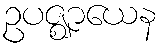
ဥပဇ္ဈာယေန